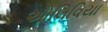
ઓલિવિયા